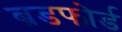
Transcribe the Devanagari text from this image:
ब्रडफोर्ड